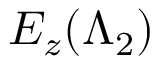
E _ { z } ( \boldsymbol { \Lambda } _ { 2 } )